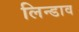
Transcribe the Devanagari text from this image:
लिन्डाव